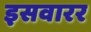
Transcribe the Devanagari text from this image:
इसवारर